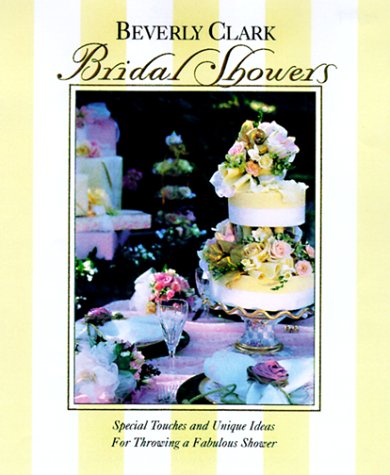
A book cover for Bridal Showers: Special Touches and Unique Ideas for Throwing a Fabulous Shower (Clark, Beverly); Beverly Clark; Crafts, Hobbies & Home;